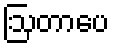
ဩတာပေ